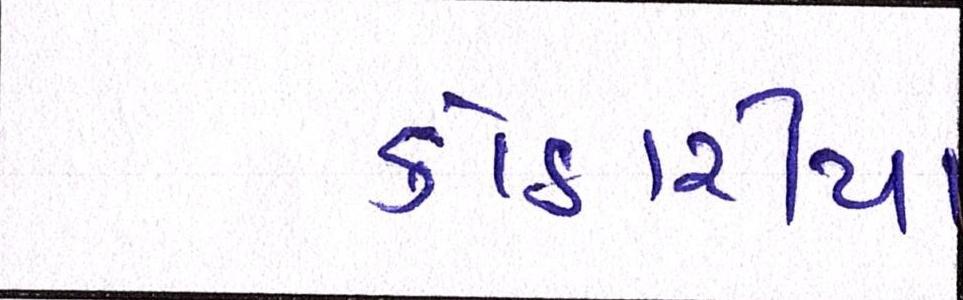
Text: કોઠારીયા